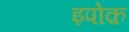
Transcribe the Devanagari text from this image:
इपोक़